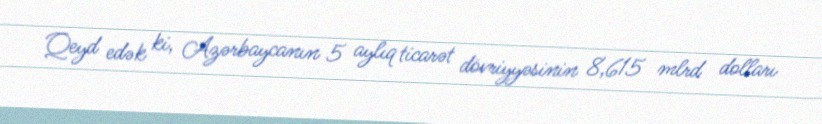
Qeyd edək ki, Azərbaycanın 5 aylıq ticarət dövriyyəsinin 8,615 mlrd dolları